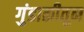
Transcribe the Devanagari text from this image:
गुंडाळीतून